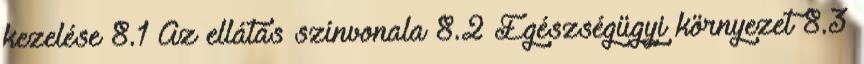
kezelése 8.1 Az ellátás színvonala 8.2 Egészségügyi környezet 8.3